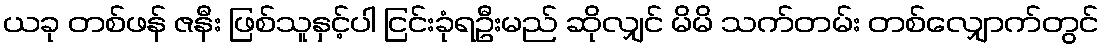
ယခု တစ်ဖန် ဇနီး ဖြစ်သူနှင့်ပါ ငြင်းခုံရဦးမည် ဆိုလျှင် မိမိ သက်တမ်း တစ်လျှောက်တွင်